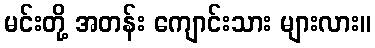
မင်းတို့ အတန်း ကျောင်းသား များလား။